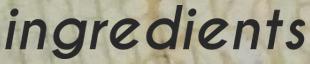
ingredients